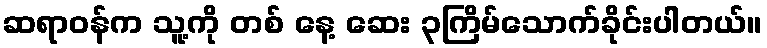
ဆရာဝန်က သူ့ကို တစ် နေ့ ဆေး ၃ကြိမ်သောက်ခိုင်းပါတယ်။